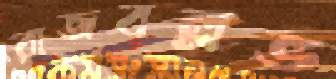
রাজবল্লভ